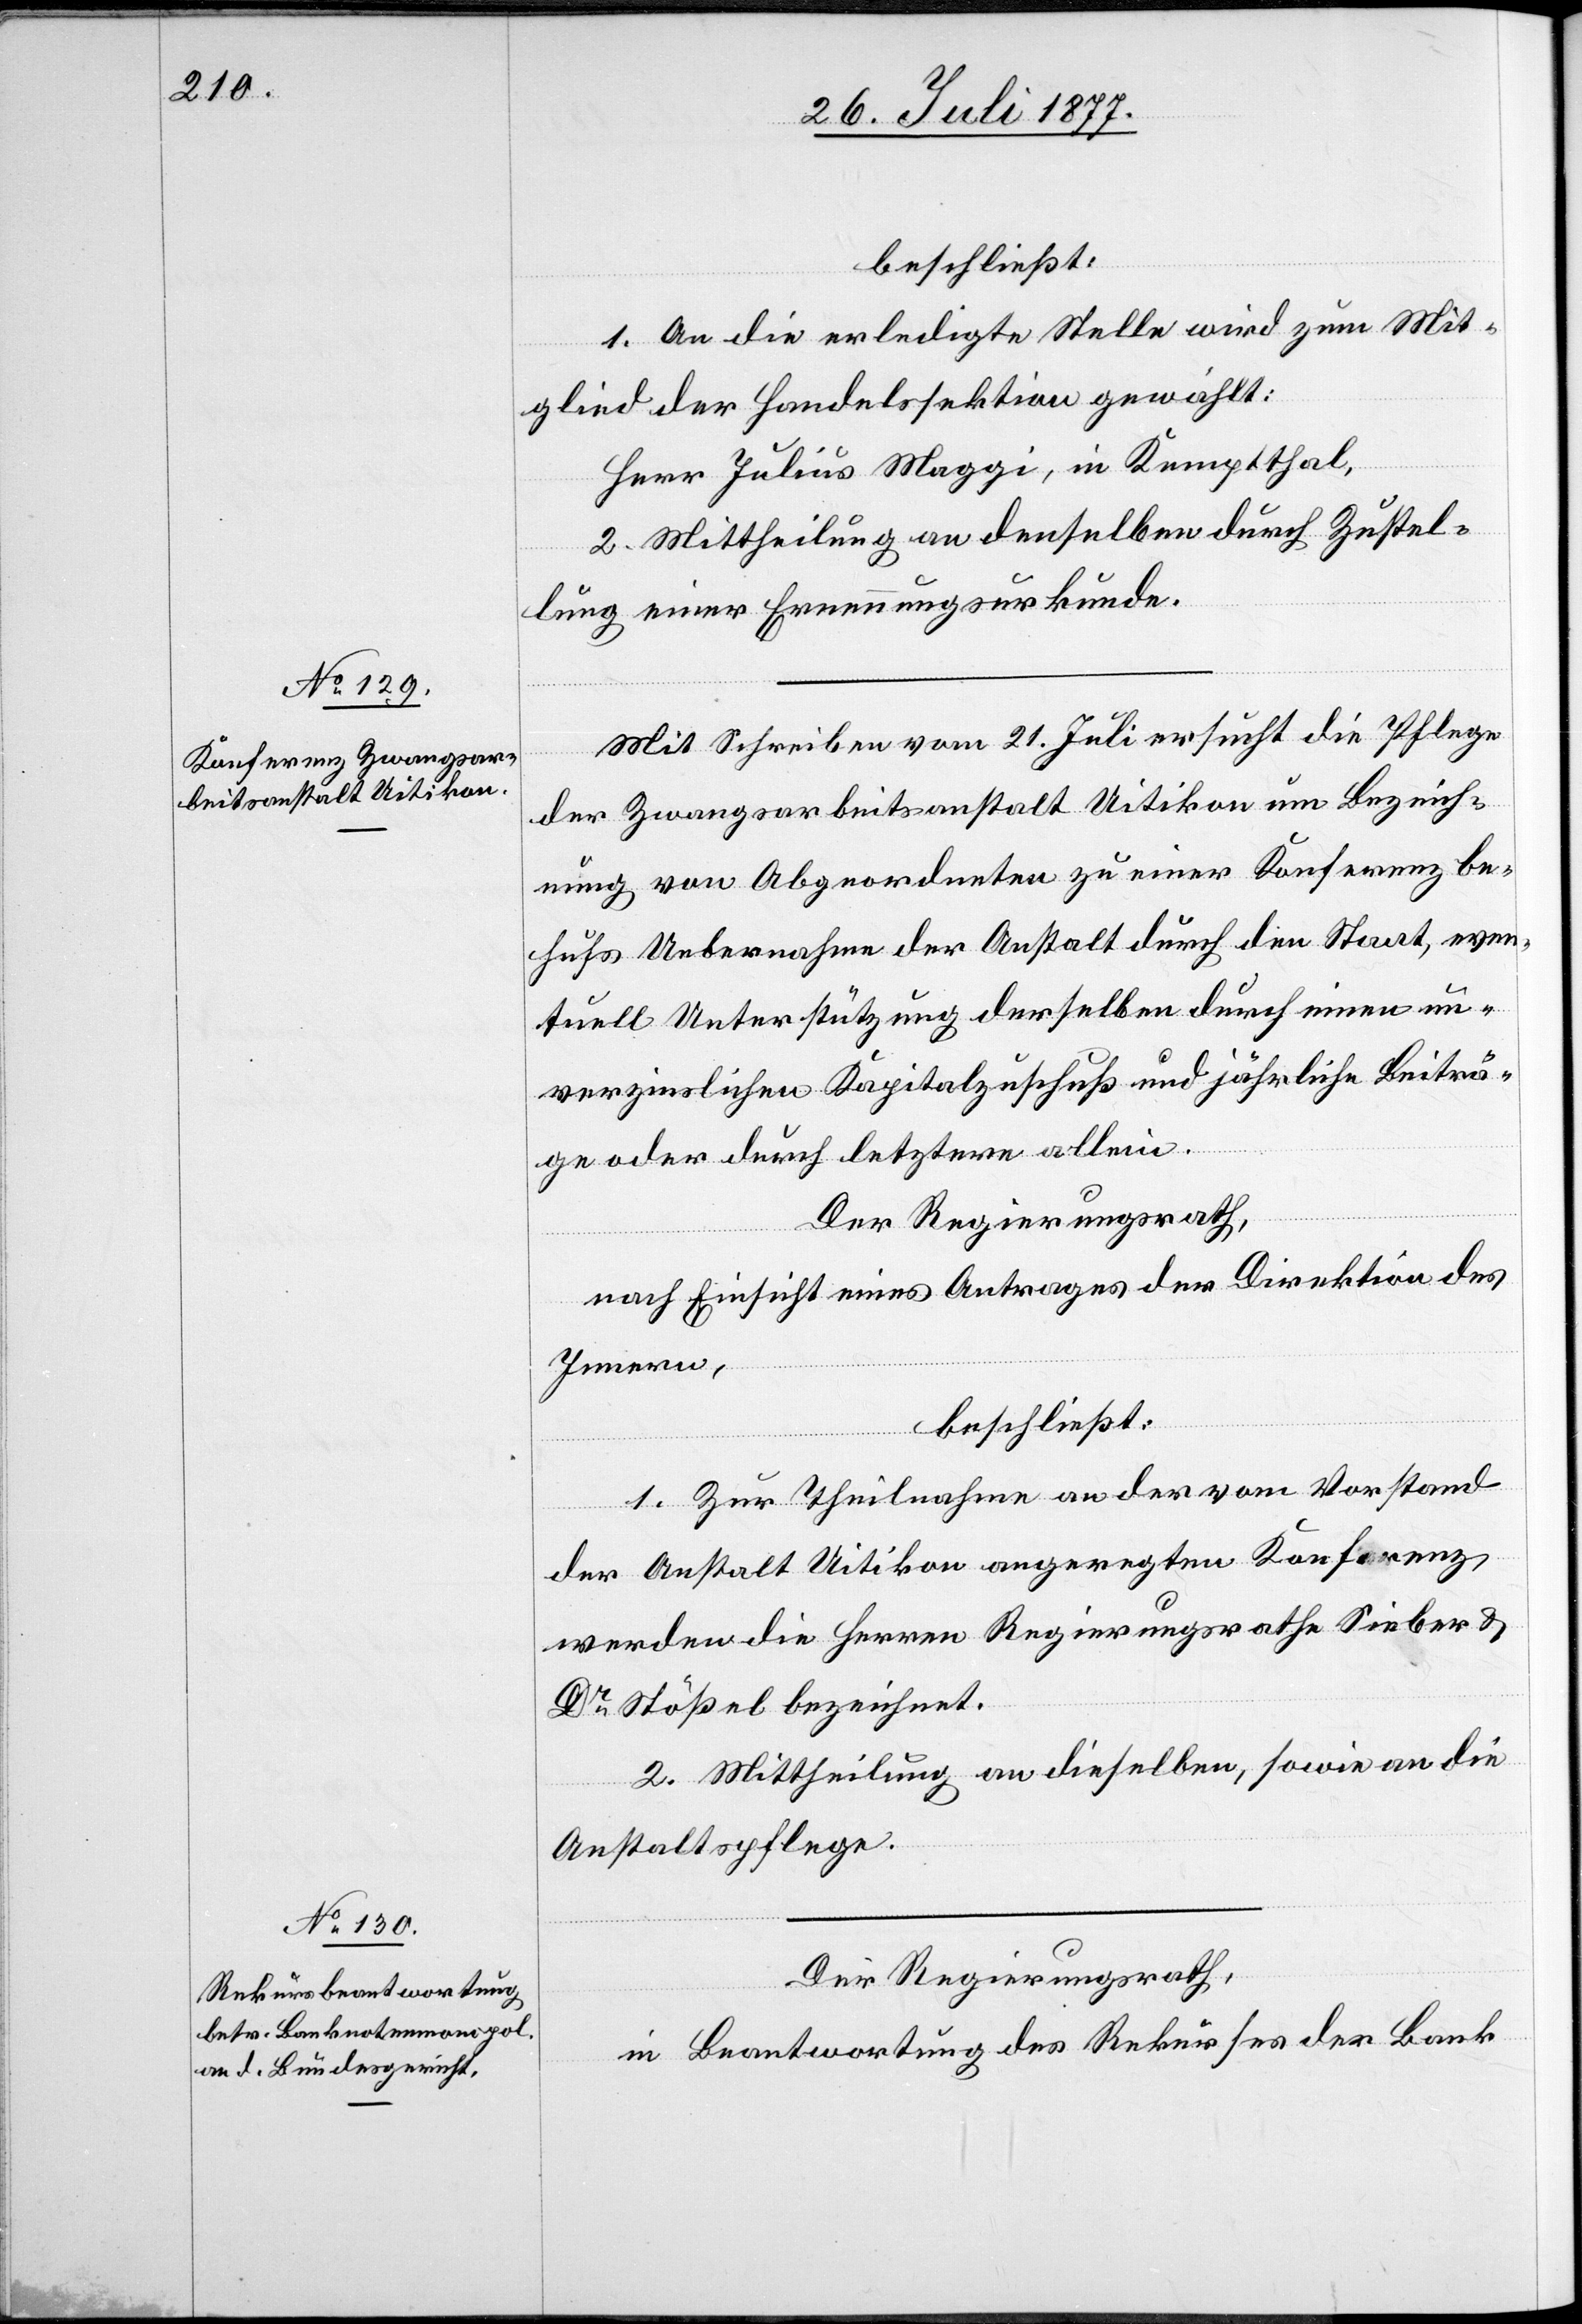
beschließt:
1. An die erledigte Stelle wird zum Mit¬
glied der Handelssektion gewählt:
Herr Julius Maggi, in Kemptthal,
2. Mittheilung an denselben durch Zustel¬
lung einer Ernennungsurkunde.
Mit Schreiben vom 21. Juli ersucht die Pflege
der Zwangsarbeitsanstalt Uitikon um Bezeich¬
nung von Abgeordneten zu einer Konferenz be¬
hufs Uebernahme der Anstalt durch den Staat, even¬
tuell Unterstützung derselben durch einen un¬
verzinslichen Kapitalzuschuß und jährliche Beiträ¬
ge oder durch letztere allein.
Der Regierungsrath,
nach Einsicht eines Antrages der Direktion des
Innern,
beschließt:
1. Zur Theilnahme an der vom Vorstand
der Anstalt Uitikon angeregten Konferenz
werden die Herren Regierungsrathe Sieber &
Dr Stößel bezeichnet.
2. Mittheilung an dieselben, sowie an die
Anstaltspflege.
Der Regierungsrath,
in Beantwortung des Rekurses der Bank